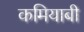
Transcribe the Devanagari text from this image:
कमियाबी